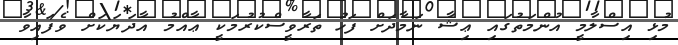
މުޅި އިސްލާމީ އުންމަތުގައި ޢިޝާ ނަމާދަށް ފަހު ތަރާވީސްކުރުމަކީ ޢާއްމު އާދަޔަކަށް ވެފައިވާ